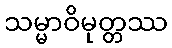
သမ္မာဝိမုတ္တဿ